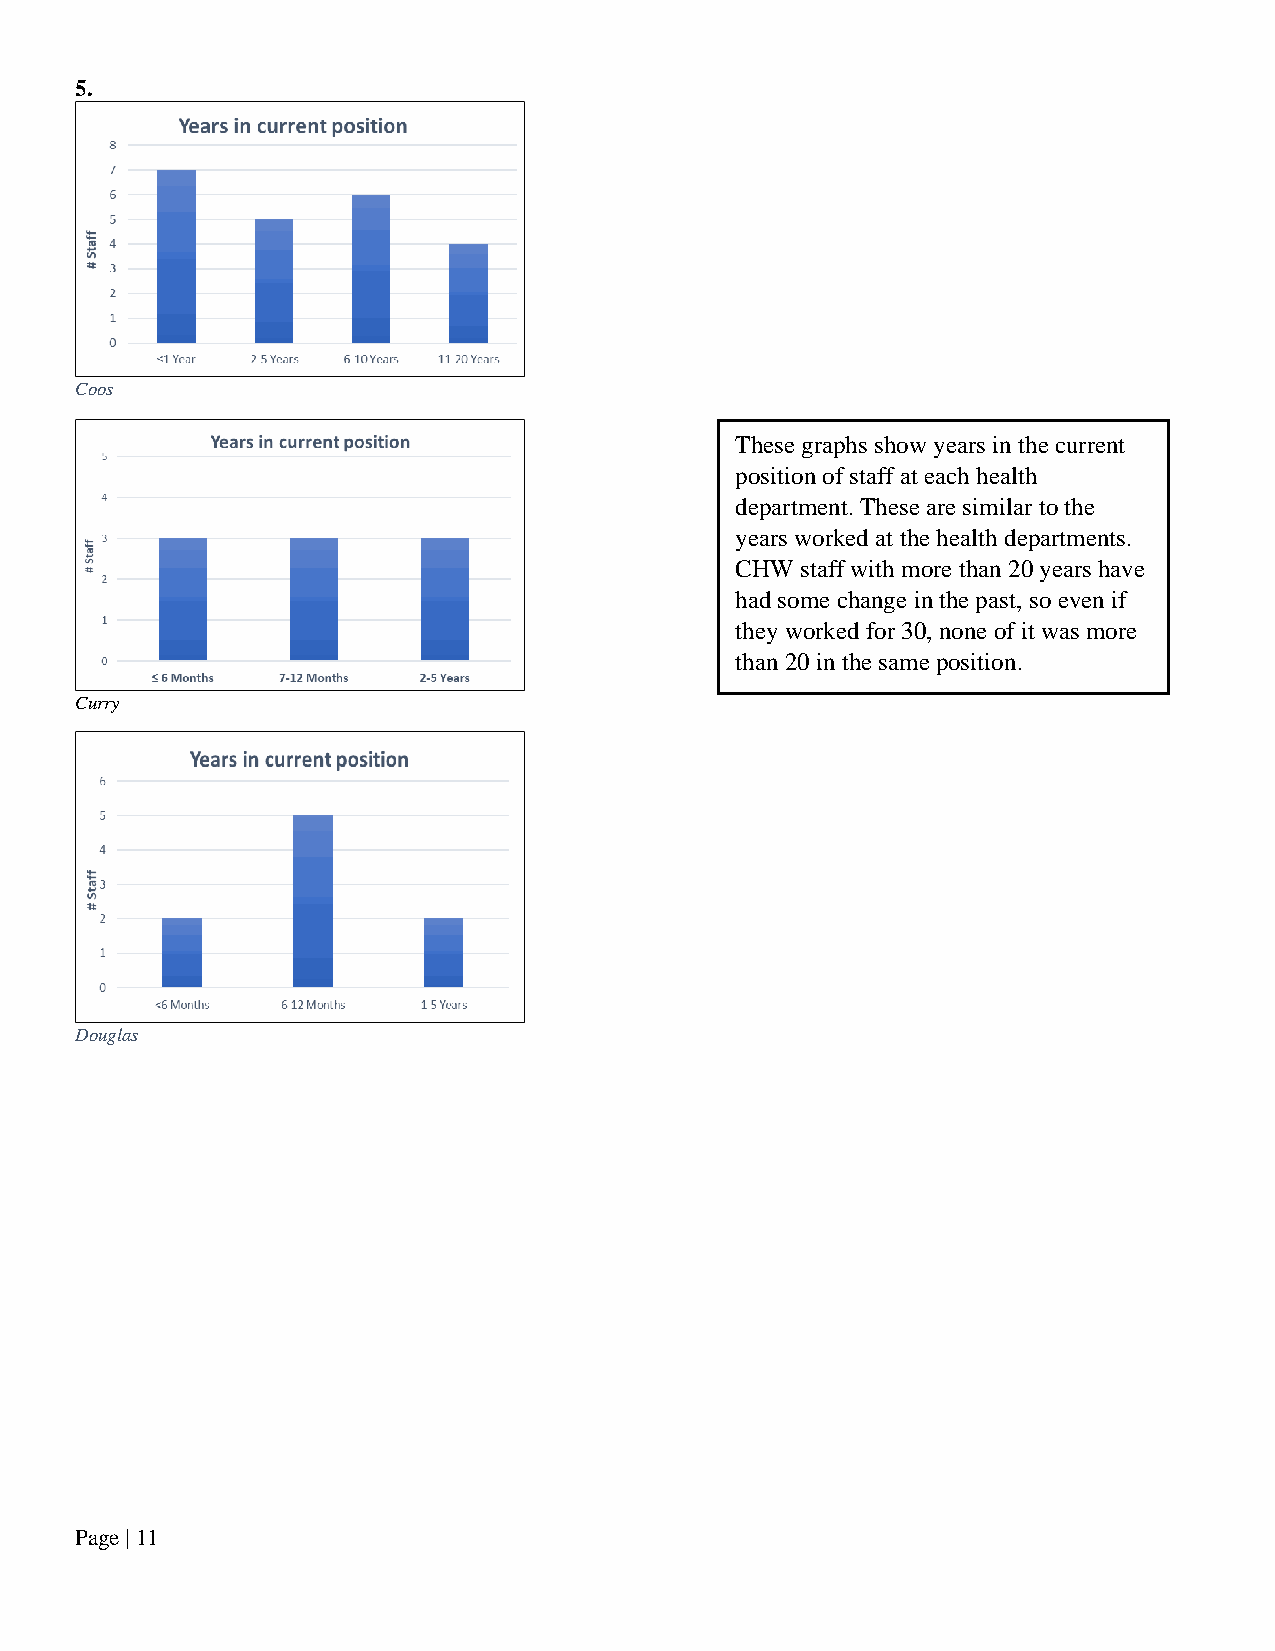
5.
 Coos
 These graphs show years in the current
 position of staff at each health
 department. These are similar to the
 years worked at the health departments.
 CHW staff with more than 20 years have
 had some change in the past, so even if
 they worked for 30, none of it was more
 than 20 in the same position.
 Curry
 Douglas
 Page | 11